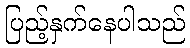
ပြည့်နှက်နေပါသည်